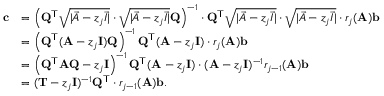
\begin{array} { r l } { \mathbf { c } } & { = \left( \mathbf { Q } ^ { \mathsf { T } } \sqrt { | \vec { A } - z _ { j } \vec { I } | } \cdot \sqrt { | \vec { A } - z _ { j } \vec { I } | } \mathbf { Q } \right) ^ { - 1 } \cdot \mathbf { Q } ^ { \mathsf { T } } \sqrt { | \vec { A } - z _ { j } \vec { I } | } \cdot \sqrt { | \vec { A } - z _ { j } \vec { I } | } \cdot r _ { j } ( \mathbf { A } ) \mathbf { b } } \\ & { = \left( \mathbf { Q } ^ { \mathsf { T } } ( \mathbf { A } - z _ { j } \mathbf { I } ) \mathbf { Q } \right) ^ { - 1 } \mathbf { Q } ^ { \mathsf { T } } ( \mathbf { A } - z _ { j } \mathbf { I } ) \cdot r _ { j } ( \mathbf { A } ) \mathbf { b } } \\ & { = \left( \mathbf { Q } ^ { \mathsf { T } } \mathbf { A } \mathbf { Q } - z _ { j } \mathbf { I } \right) ^ { - 1 } \mathbf { Q } ^ { \mathsf { T } } ( \mathbf { A } - z _ { j } \mathbf { I } ) \cdot ( \mathbf { A } - z _ { j } \mathbf { I } ) ^ { - 1 } r _ { j - 1 } ( \mathbf { A } ) \mathbf { b } } \\ & { = ( \mathbf { T } - z _ { j } \mathbf { I } ) ^ { - 1 } \mathbf { Q } ^ { \mathsf { T } } \cdot r _ { j - 1 } ( \mathbf { A } ) \mathbf { b } . } \end{array}